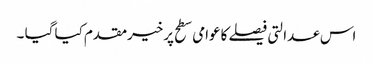
اس عدالتی فیصلے کاعوامی سطح پرخیرمقدم کیا گیا ۔